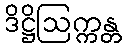
ဒိဋ္ဌိဩက္ကန္တ